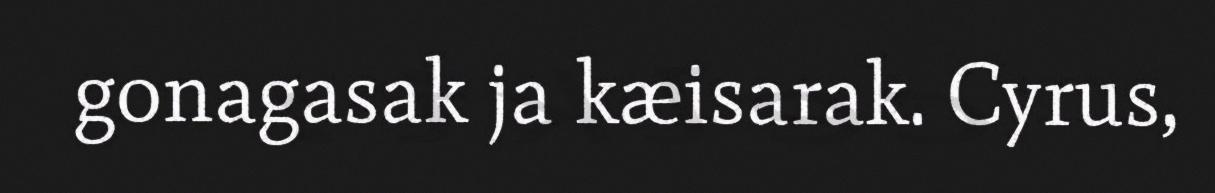
gonagasak ja kæisarak. Cyrus,